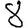
Digit: 8